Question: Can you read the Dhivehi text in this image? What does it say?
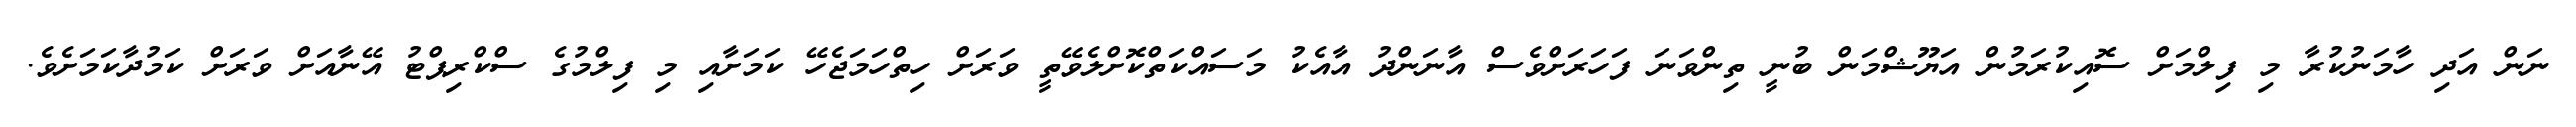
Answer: ނަން އަދި ހާމަނުކުރާ މި ފިލްމަށް ސޮއިކުރަމުން އަޔޫޝްމަން ބުނީ ތިންވަނަ ފަހަރަށްވެސް އާނަންދު އާއެކު މަސައްކަތްކޮށްލެވޭތީ ވަރަށް ހިތްހަމަޖެހޭ ކަމަށާއި މި ފިލްމުގެ ސްކްރިޕްޓު އޭނާއަށް ވަރަށް ކަމުދާކަމަށެވެ.